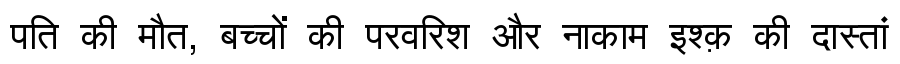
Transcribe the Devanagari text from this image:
पति की मौत, बच्चों की परवरिश और नाकाम इश्क़ की दास्तां